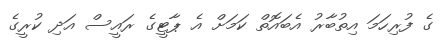
ގެ ފުރިހަމަ އިތުބާރު އެބައޮތް ކަމަށް އެ ޕާޓީގެ ރައީސް އަދި ކުރީގެ